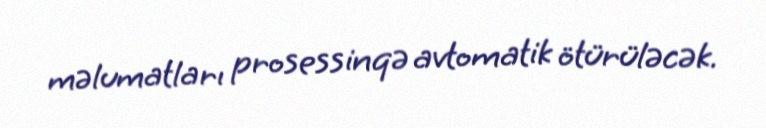
məlumatları prosessinqə avtomatik ötürüləcək.